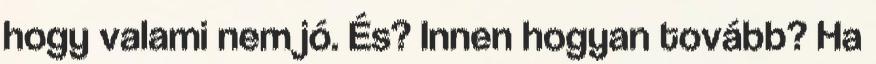
hogy valami nem jó. És? Innen hogyan tovább? Ha